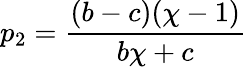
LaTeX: p_{2}=\frac{(b-c)(\chi-1)}{b\chi+c}